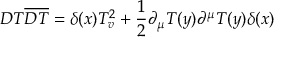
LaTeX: D T \overline { { { D T } } } = \delta ( x ) T _ { v } ^ { 2 } + \frac { 1 } { 2 } \partial _ { \mu } T ( y ) \partial ^ { \mu } T ( y ) \delta ( x )